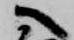
へ